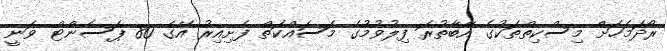
ރޯދަމަހަށް މިސްކިތްތަކުގެ އާބާތުރަ ފިލުވުމުގެ މަސައްކަތް ފެށިއިރު އޭގެ 80 ޕަސެންޓް ވަނީ